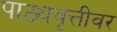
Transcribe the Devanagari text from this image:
पाठ्यवृत्तीवर